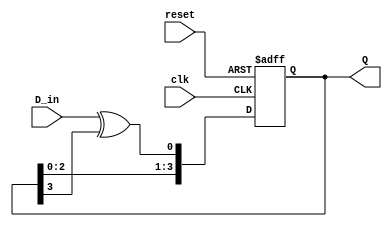
module Feedback_Register (
    input wire clk,        // Clock input
    input wire reset,      // Reset input
    input wire D_in,       // Data input
    output reg [N-1:0] Q   // Output register (N bits)
);
    parameter N = 4;  // Size of the register (number of flip-flops)

    // Internal storage for the shift register
    reg [N-1:0] shift_reg;

    // Clock trigger to update the register
    always @(posedge clk or posedge reset) begin
        if (reset) begin
            // Initialize the register to zero on reset
            shift_reg <= 0;
        end else begin
            // Feedback mechanism: here we use XOR between the first and last flip-flop
            shift_reg[0] <= D_in ^ shift_reg[N-1]; // Feedback from last to first
            // Shift the register
            shift_reg[N-1:1] <= shift_reg[N-2:0];
        end
    end

    // Output the current state of the register
    assign Q = shift_reg;

endmodule